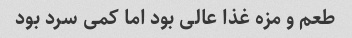
طعم و مزه غذا عالی بود اما کمی سرد بود